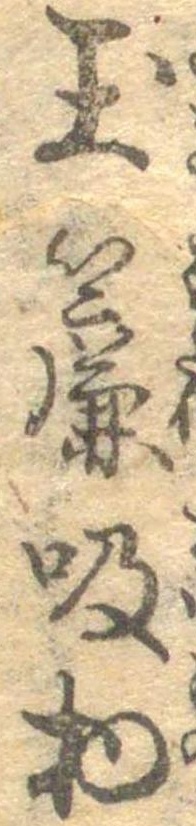
玉簾吸物